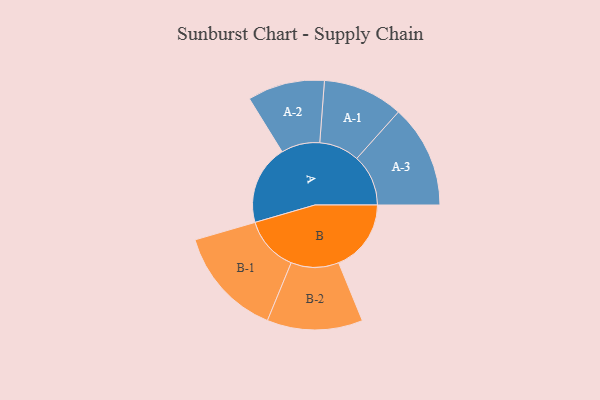
{"axis": {"x": "Segment", "y": "Value"}, "legend": ["", "A", "B"], "data": [{"x": "A", "y": 407, "type": ""}, {"x": "B", "y": 370, "type": ""}, {"x": "A-1", "y": 205, "type": "A"}, {"x": "A-2", "y": 197, "type": "A"}, {"x": "A-3", "y": 263, "type": "A"}, {"x": "B-1", "y": 281, "type": "B"}, {"x": "B-2", "y": 244, "type": "B"}]}